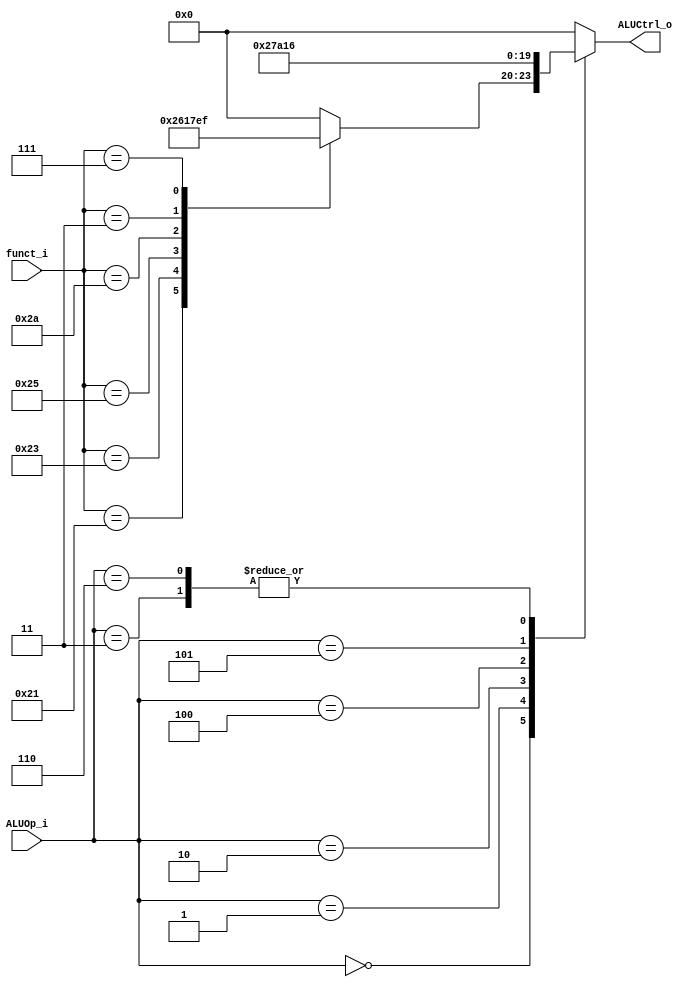
module ALU_Ctrl(
        funct_i,
        ALUOp_i,
        ALUCtrl_o
        );

//I/O ports
input      [6-1:0] funct_i;
input      [3-1:0] ALUOp_i;

output     [4-1:0] ALUCtrl_o;	 

//Internal Signals
reg        [4-1:0] ALUCtrl_o;

//Select exact operation

always @(*) begin
	ALUCtrl_o=1'b0;
	case(ALUOp_i)
		3'b000:
		begin
			case(funct_i)
				6'b100001:ALUCtrl_o[3:0]<=4'b0010; //addu
				6'b100011:ALUCtrl_o[3:0]<=4'b0110; //subu
				6'b100100:ALUCtrl_o[3:0]<=4'b0000; //and
				6'b100101:ALUCtrl_o[3:0]<=4'b0001; //or
				6'b101010:ALUCtrl_o[3:0]<=4'b0111; //slt

				6'b000011:ALUCtrl_o[3:0]<=4'b1110; //sra
				6'b000111:ALUCtrl_o[3:0]<=4'b1111; //srav
			endcase
		end

		3'b001:ALUCtrl_o[3:0]<=4'b0010; //addi
		3'b010:ALUCtrl_o[3:0]<=4'b0111; //sltiu

		3'b100:ALUCtrl_o[3:0]<=4'b1010; //lui
		3'b101:ALUCtrl_o[3:0]<=4'b0001; //ori

		3'b011:ALUCtrl_o[3:0]<=4'b0110; //beq
		3'b110:ALUCtrl_o[3:0]<=4'b0110; //bne
	endcase
end

endmodule